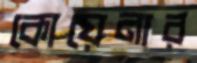
কোয়েনার